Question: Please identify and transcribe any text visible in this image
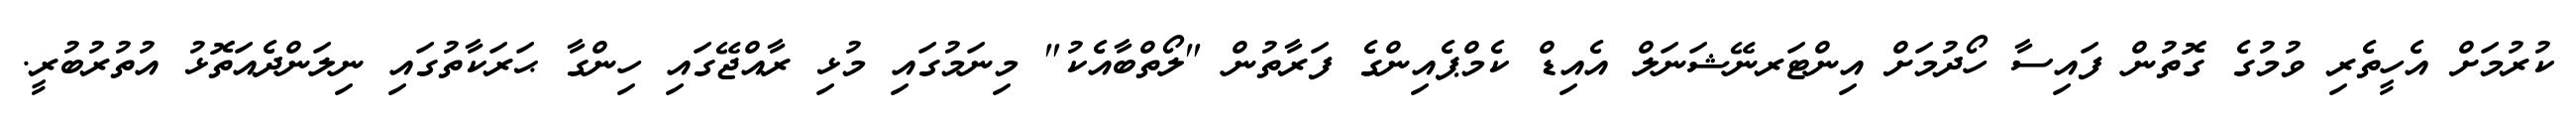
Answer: ކުރުމަށް އެހީތެރި ވުމުގެ ގޮތުން ފައިސާ ހޯދުމަށް އިންޓަރނޭޝަނަލް އެއިޑް ކެމްޕެއިންގެ ފަރާތުން "ލޯތްބާއެކު" މިނަމުގައި މުޅި ރާއްޖޭގައި ހިންގާ ޙަރަކާތުގައި ނިލަންދެއަތޮޅު އުތުރުބުރީ.